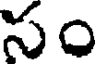
సం